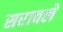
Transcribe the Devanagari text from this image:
सरावले